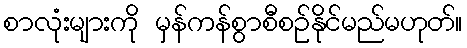
စာလုံးများကို မှန်ကန်စွာစီစဉ်နိုင်မည်မဟုတ်။